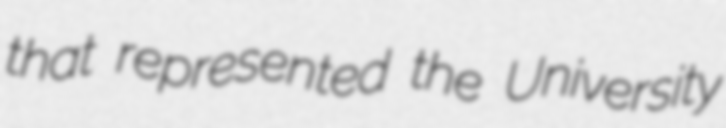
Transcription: that represented the University